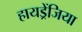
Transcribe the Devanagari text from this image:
हायड्रेंजिया